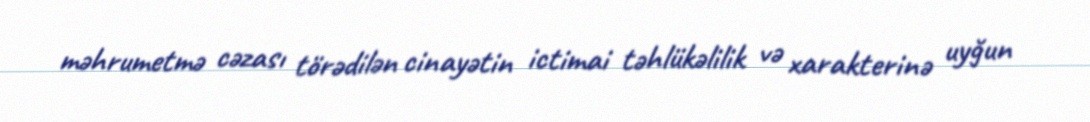
məhrumetmə cəzası törədilən cinayətin ictimai təhlükəlilik və xarakterinə uyğun